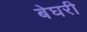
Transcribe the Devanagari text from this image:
बेघरी